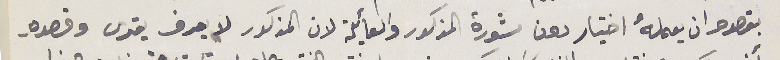
بقصده ان يعملهُ اختيار دون مشورة المذكور والعأيلة لان المذكور لا يعرف يقرى وقصده